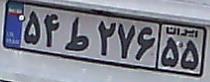
۵۴ط۲۷۶۵۵